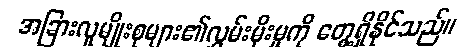
အခြားလူမျိုးစုများ၏လွှမ်းမိုးမှုကို တွေ့ရှိနိုင်သည်။